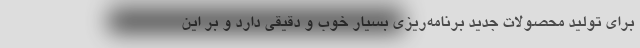
براي توليد محصولات جديد برنامه‌ريزي بسيار خوب و دقيقي دارد و بر اين